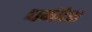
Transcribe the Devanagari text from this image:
धर्मदेश